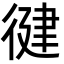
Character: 徤